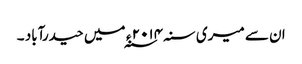
ان سے میری سنہ ۲۰۱۴ ء ؁ میں حیدرآباد ۔